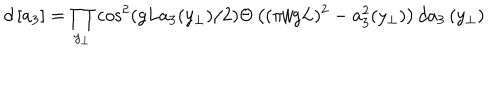
d \left[ a _ { 3 } \right] = \prod _ { y _ { \perp } } \cos ^ { 2 } \left( g L a _ { 3 } ( y _ { \perp } ) / 2 \right) \Theta \left( ( \pi / g L ) ^ { 2 } - a _ { 3 } ^ { 2 } ( y _ { \perp } ) \right) d a _ { 3 } \left( y _ { \perp } \right)